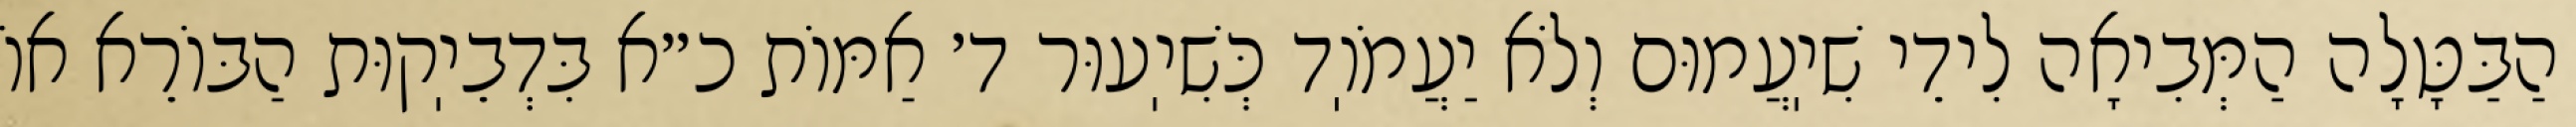
הַבַּטָּלָה הַמְּבִיאָה לִידֵי שִׁיֽעֲמוּם וְלֹא יַעֲמֹוֽד כְּשִׁיֽעוּר ד׳ אַמּוֹת כ״א בִּדְבֵיֽקוּת הַבּוֹרֵא אוֹ